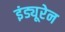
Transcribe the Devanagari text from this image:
इंड्यूरेन